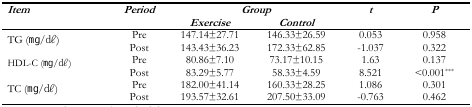
<table><thead><tr><td rowspan="2"><b><i>Item</i></b></td><td rowspan="2"><b><i>Period</i></b></td><td colspan="2"><b><i>Group</i></b></td><td rowspan="2"><b><i>t</i></b></td><td rowspan="2"><b><i>P</i></b></td></tr><tr><td><b><i>Exercise</i></b></td><td><b><i>Control</i></b></td></tr></thead><tbody><tr><td rowspan="2">TG (mg/d<i>l</i>)</td><td>Pre</td><td>147.14±27.71</td><td>146.33±26.59</td><td>0.053</td><td>0.958</td></tr><tr><td>Post</td><td>143.43±36.23</td><td>172.33±62.85</td><td>−1.037</td><td>0.322</td></tr><tr><td rowspan="2">HDL-C (mg/d<i>l</i>)</td><td>Pre</td><td>80.86±7.10</td><td>73.17±10.15</td><td>1.63</td><td>0.137</td></tr><tr><td>Post</td><td>83.29±5.77</td><td>58.33±4.59</td><td>8.521</td><td>&lt;0.001<sup>***</sup></td></tr><tr><td rowspan="2">TC (mg/d<i>l</i>)</td><td>Pre</td><td>182.00±41.14</td><td>160.33±28.25</td><td>1.086</td><td>0.301</td></tr><tr><td>Post</td><td>193.57±32.61</td><td>207.50±33.09</td><td>−0.763</td><td>0.462</td></tr></tbody></table>